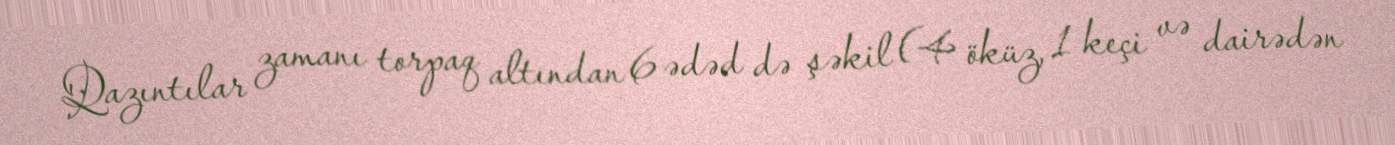
Qazıntılar zamanı torpaq altından 6 ədəd də şəkil (4 öküz, 1 keçi və dairədən